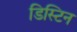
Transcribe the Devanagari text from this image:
डिस्टिन